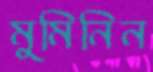
মুমিনিন